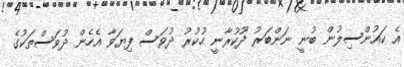
އެ ކައުންސިލުން ބުނީ ނަންބަރު ދޫކުރާނީ ހުކުރު ދުވަސް ފިޔަވާ އެހެން ދުވަސްތަކުގެ